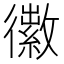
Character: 𪫜